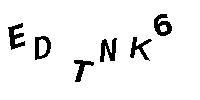
EDTNK6